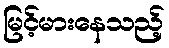
မြင့်မားနေသည့်